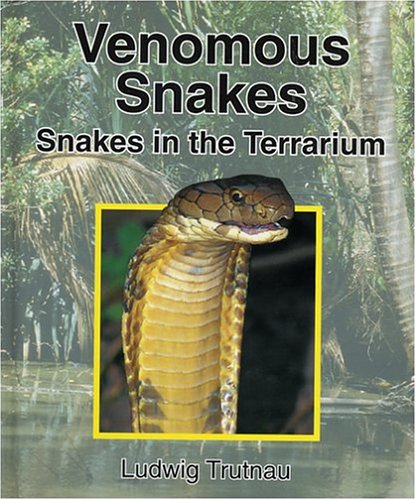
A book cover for Venomous Snakes: Snakes in the Terrarium (Vol 2); Ludwig Trutnau; Crafts, Hobbies & Home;